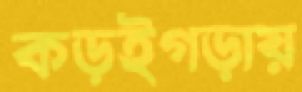
কড়ইগড়ায়